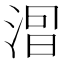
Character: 𣷤